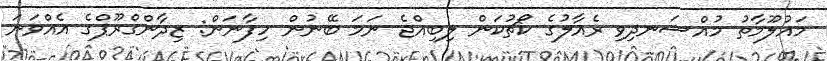
މައުލޫމާތު މުއްސަނދިވި ރެއާލުގެ ކޯޗުކަން ލިބިއްޖެ ނަމަ ބޭނުން ހިފާނަން: ޒިދާންގްރޫޕްގެ އެއްވަނަ